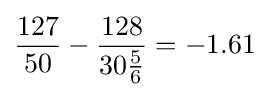
{\frac {127}{50}}-{\frac {128}{30{\frac {5}{6}}}}=-1.61